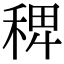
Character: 𥟑